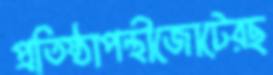
প্রতিষ্ঠাপন্থীজোটেরছ